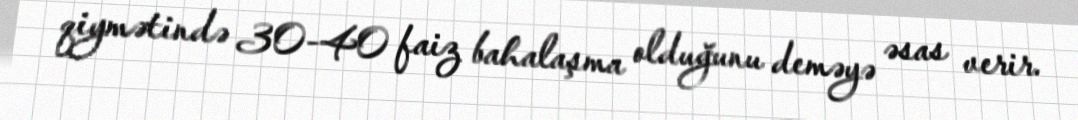
qiymətində 30-40 faiz bahalaşma olduğunu deməyə əsas verir.